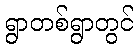
ရွာတစ်ရွာတွင်